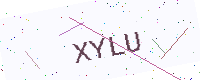
Text: XYLU